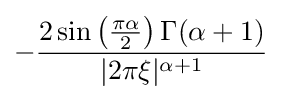
-{\frac {2\sin \left({\frac {\pi \alpha }{2}}\right)\Gamma (\alpha +1)}{|2\pi \xi |^{\alpha +1}}}